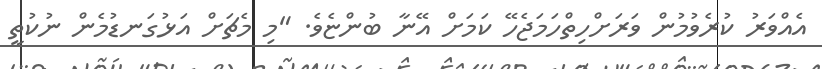
އެއްވަރު ކުރެވުމުން ވަރަށްހިތްހަމަޖެހޭ ކަމަށް އޭނާ ބުންޏެވެ. "މި މެޗަށް އަޅުގަނޑުމެން ނުކުތީ